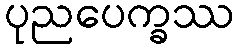
ပုညပေက္ခဿ